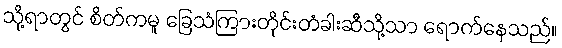
သို့ရာတွင် စိတ်ကမူ ခြေသံကြားတိုင်းတံခါးဆီသို့သာ ရောက်နေသည်။